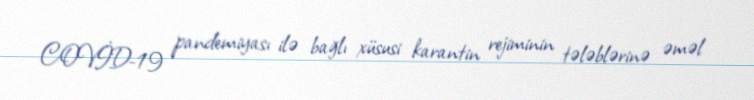
COVİD-19 pandemiyası ilə bağlı xüsusi karantin rejiminin tələblərinə əməl